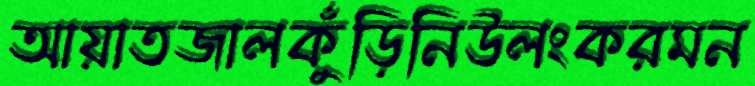
আয়াতজালকুঁড়িনিউলংকরমন